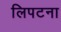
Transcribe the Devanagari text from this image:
लिपटना